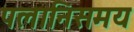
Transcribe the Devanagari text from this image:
पलानिसमय